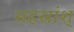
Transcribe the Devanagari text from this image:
सहस्रांश्